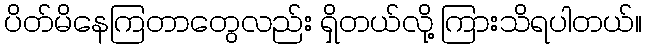
ပိတ်မိနေကြတာတွေလည်း ရှိတယ်လို့ ကြားသိရပါတယ်။